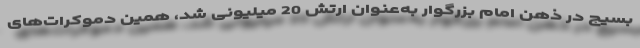
بسیج در ذهن امام بزرگوار به‌عنوان ارتش 20 میلیونی شد، همین دموکرات‌های